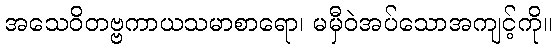
အသေဝိတဗ္ဗကာယသမာစာရော၊ မမှီဝဲအပ်သောအကျင့်ကို။